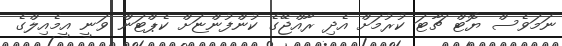
ނަމަވެސް ޔޮޓް ޗާޓަ ކުރުމަށް އެދި ރާއްޖޭގެ ކުންފުންޏަށް ކެޕްޓަން ވަނީ އީމެއިލްގެ